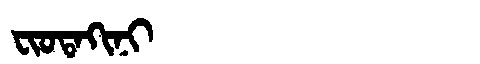
Manchu: ᠸᡳᠣᡨᠠᡴᡳᠨᡳ
Romanization: FIOTAKINI